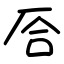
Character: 㕉